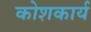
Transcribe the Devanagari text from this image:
कोशकार्य